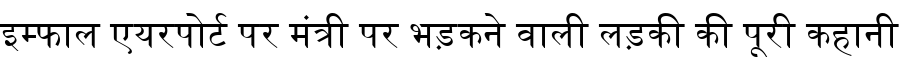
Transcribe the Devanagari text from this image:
इम्फाल एयरपोर्ट पर मंत्री पर भड़कने वाली लड़की की पूरी कहानी